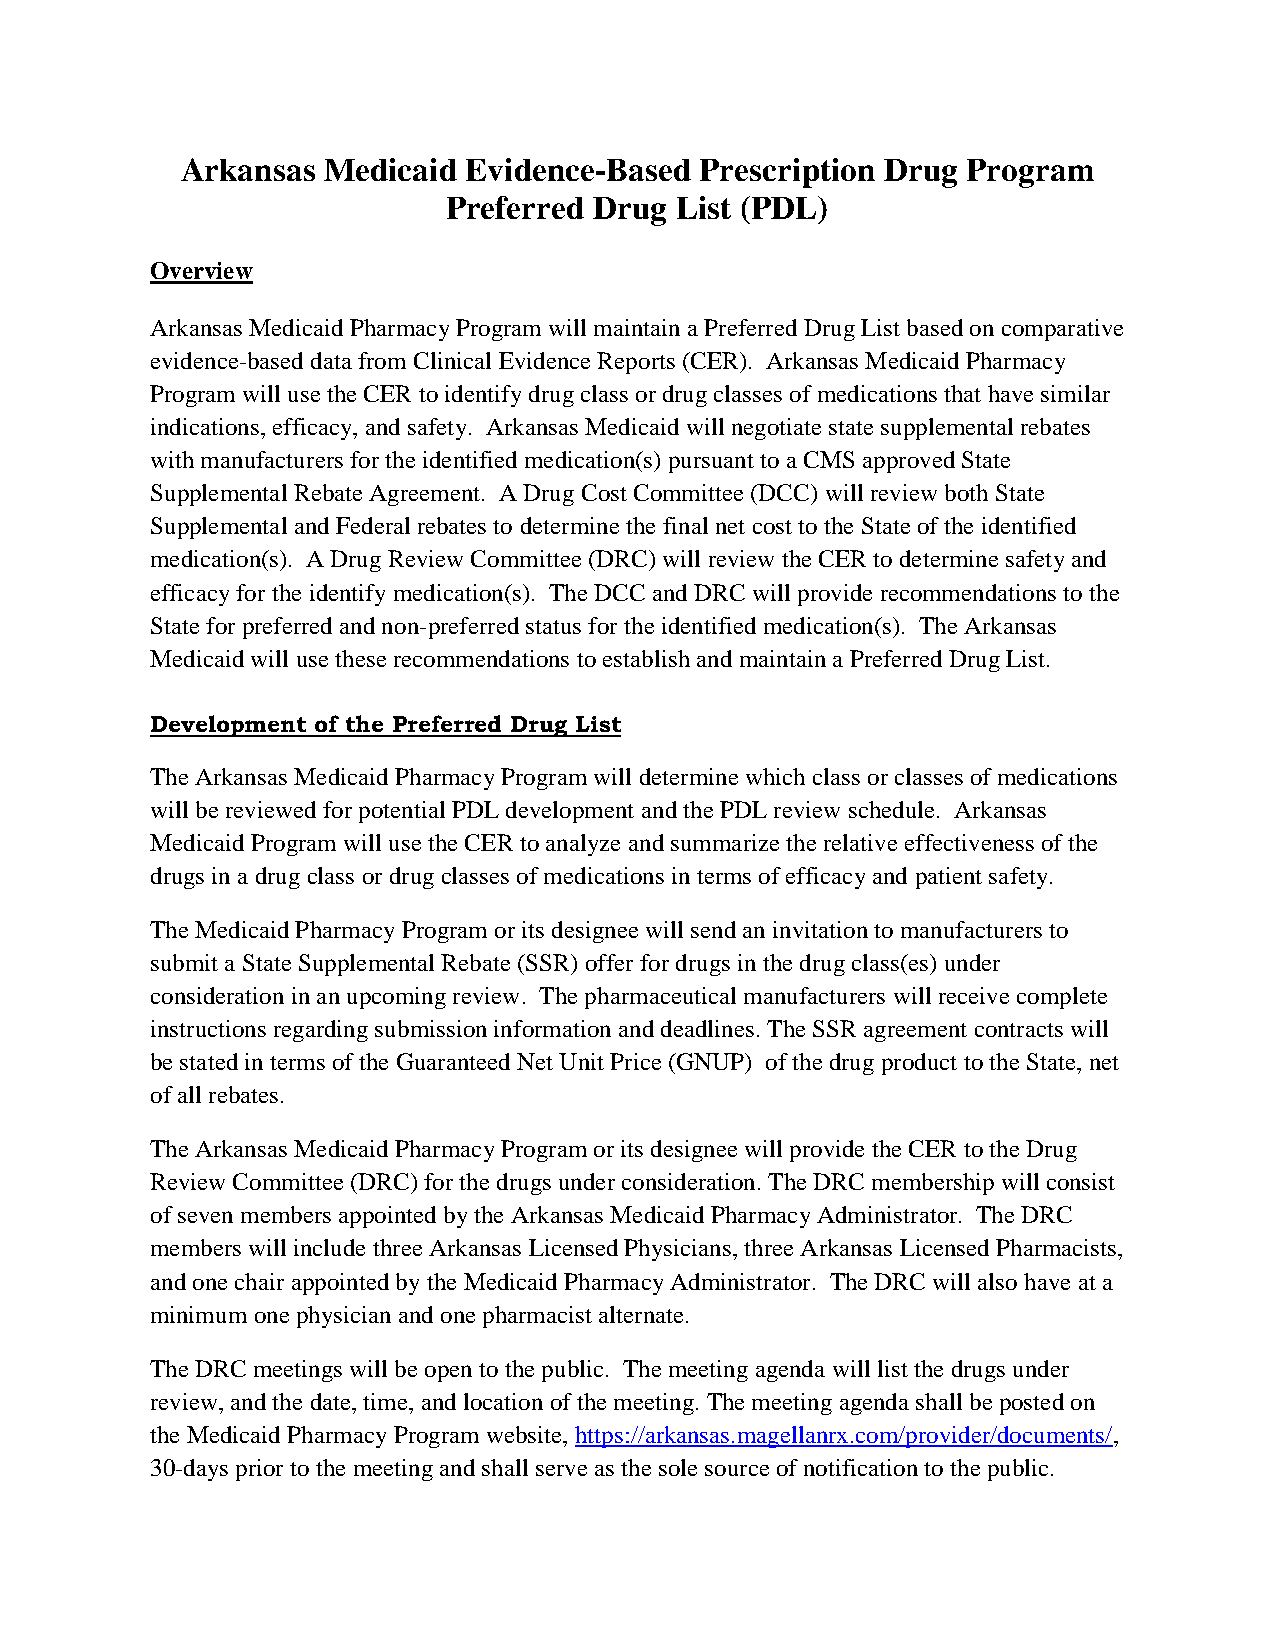
Arkansas Medicaid  Evidence-Based Prescription Drug Program
 Preferred Drug List (PDL)
 Overview
 Arkansas Medicaid Pharmacy Program will maintain a Preferred Drug List based on comparative
 evidence-based data from Clinical Evidence Reports (CER). Arkansas Medicaid Pharmacy
 Program will use the CER to identify drug class or drug classes of medications that have similar
 indications, efficacy, and safety. Arkansas Medicaid will negotiate state supplemental rebates
 with manufacturers for the identified medication(s) pursuant to a CMS approved State
 Supplemental Rebate Agreement. A Drug Cost Committee (DCC) will review both State
 Supplemental and Federal rebates to determine the final net cost to the State of the identified
 medication(s). A Drug Review Committee (DRC) will review the CER to determine safety and
 efficacy for the identify medication(s). The DCC and DRC will provide recommendations to the
 State for preferred and non-preferred status for the identified medication(s). The Arkansas
 Medicaid will use these recommendations to establish and maintain a Preferred Drug List.
 Development of the Preferred Drug List
 The Arkansas Medicaid Pharmacy Program will determine which class or classes of medications
 will be reviewed for potential PDL development and the PDL review schedule. Arkansas
 Medicaid Program will use the CER to analyze and summarize the relative effectiveness of the
 drugs in a drug class or drug classes of medications in terms of efficacy and patient safety.
 The Medicaid Pharmacy Program or its designee will send an invitation to manufacturers to
 submit a State Supplemental Rebate (SSR) offer for drugs in the drug class(es) under
 consideration in an upcoming review. The pharmaceutical manufacturers will receive complete
 instructions regarding submission information and deadlines. The SSR agreement contracts will
 be stated in terms of the Guaranteed Net Unit Price (GNUP) of the drug product to the State, net
 of all rebates.
 The Arkansas Medicaid Pharmacy Program or its designee will provide the CER to the Drug
 Review Committee (DRC) for the drugs under consideration. The DRC membership will consist
 of seven members appointed by the Arkansas Medicaid Pharmacy Administrator. The DRC
 members will include three Arkansas Licensed Physicians, three Arkansas Licensed Pharmacists,
 and one chair appointed by the Medicaid Pharmacy Administrator. The DRC will also have at a
 minimum one physician and one pharmacist alternate.
 The DRC meetings will be open to the public. The meeting agenda will list the drugs under
 review, and the date, time, and location of the meeting. The meeting agenda shall be posted on
 the Medicaid Pharmacy Program website, https://arkansas.magellanrx.com/provider/documents/,
 30-days prior to the meeting and shall serve as the sole source of notification to the public.